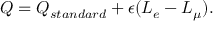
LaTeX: Q = Q _ { s t a n d a r d } + \epsilon ( L _ { e } - L _ { \mu } ) .